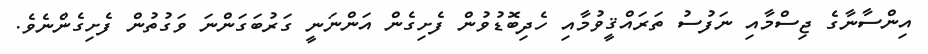
އިންސާނާގެ ޖިސްމާއި ނަފުސު ތަރައްޤީވުމާއި ހެދިބޮޑުވުން ފެށިގެން އަންނަނީ ގަރުބަގަންނަ ވަގުތުން ފެށިގެންނެވެ.